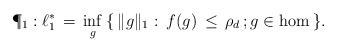
LaTeX: \begin{align*}\P_1:\ell_1^*\,=\,\inf_g\:\{\,\Vert g\Vert_1: \:f(g)\,\leq\,\rho_d\,;g\in\hom\:\}.\end{align*}